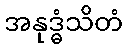
အနုဒ္ဓံသိတံ